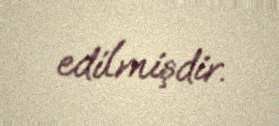
edilmişdir.